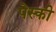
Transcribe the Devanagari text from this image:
पेस्की